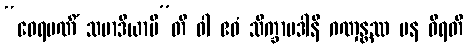
“ဝေရမဏိံ သမာဒိယာမီ”တိ ဝါ ဧဝံ သိက္ခာပဒါနိ ဂဏှန္တဿ ပန ဝိရတိ